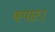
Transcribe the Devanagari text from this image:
कपाट।